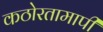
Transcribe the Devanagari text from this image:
कठोरतामापी